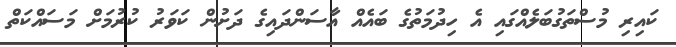
ކައިރި މުސްތަގުބަލެއްގައި އެ ހިދުމަތުގެ ބައެއް އާސަންދައިގެ ދަށުން ކަވަރު ކުރުމަށް މަސައްކަތް